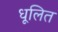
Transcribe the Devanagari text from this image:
धूलित